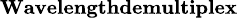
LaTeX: \textbf{\scriptsize Wavelengthdemultiplex}